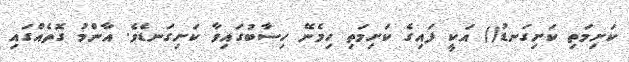
ކަށިމަތި ކަށިގަނޑު() އަކީ ފައިގެ ކަށިމަތި ހިމެނޭ ހިސާބުގައިވާ ކަށިގަނޑެވެ. އާންމު ގޮތެއްގައި